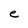
Character: e